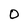
Character: O